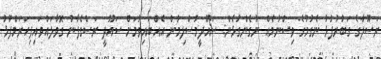
ރަސޫލާގެ ގަބުރުފުޅު ނެގުމުގެ ވިސްނުމެއް ނުގެންގުޅެން: ސައޫދީމުސްލިމުން އެއްބައިވުމަށް ސައޫދީ ރަސްގެފާނު ގޮވާލައްވައިފިހަރަމްފުޅު